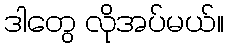
ဒါတွေ လိုအပ်မယ်။